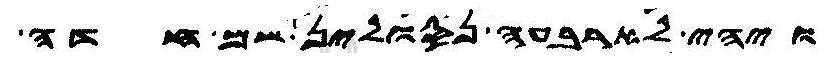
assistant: ויהי לארבעה נסולין שם חדה